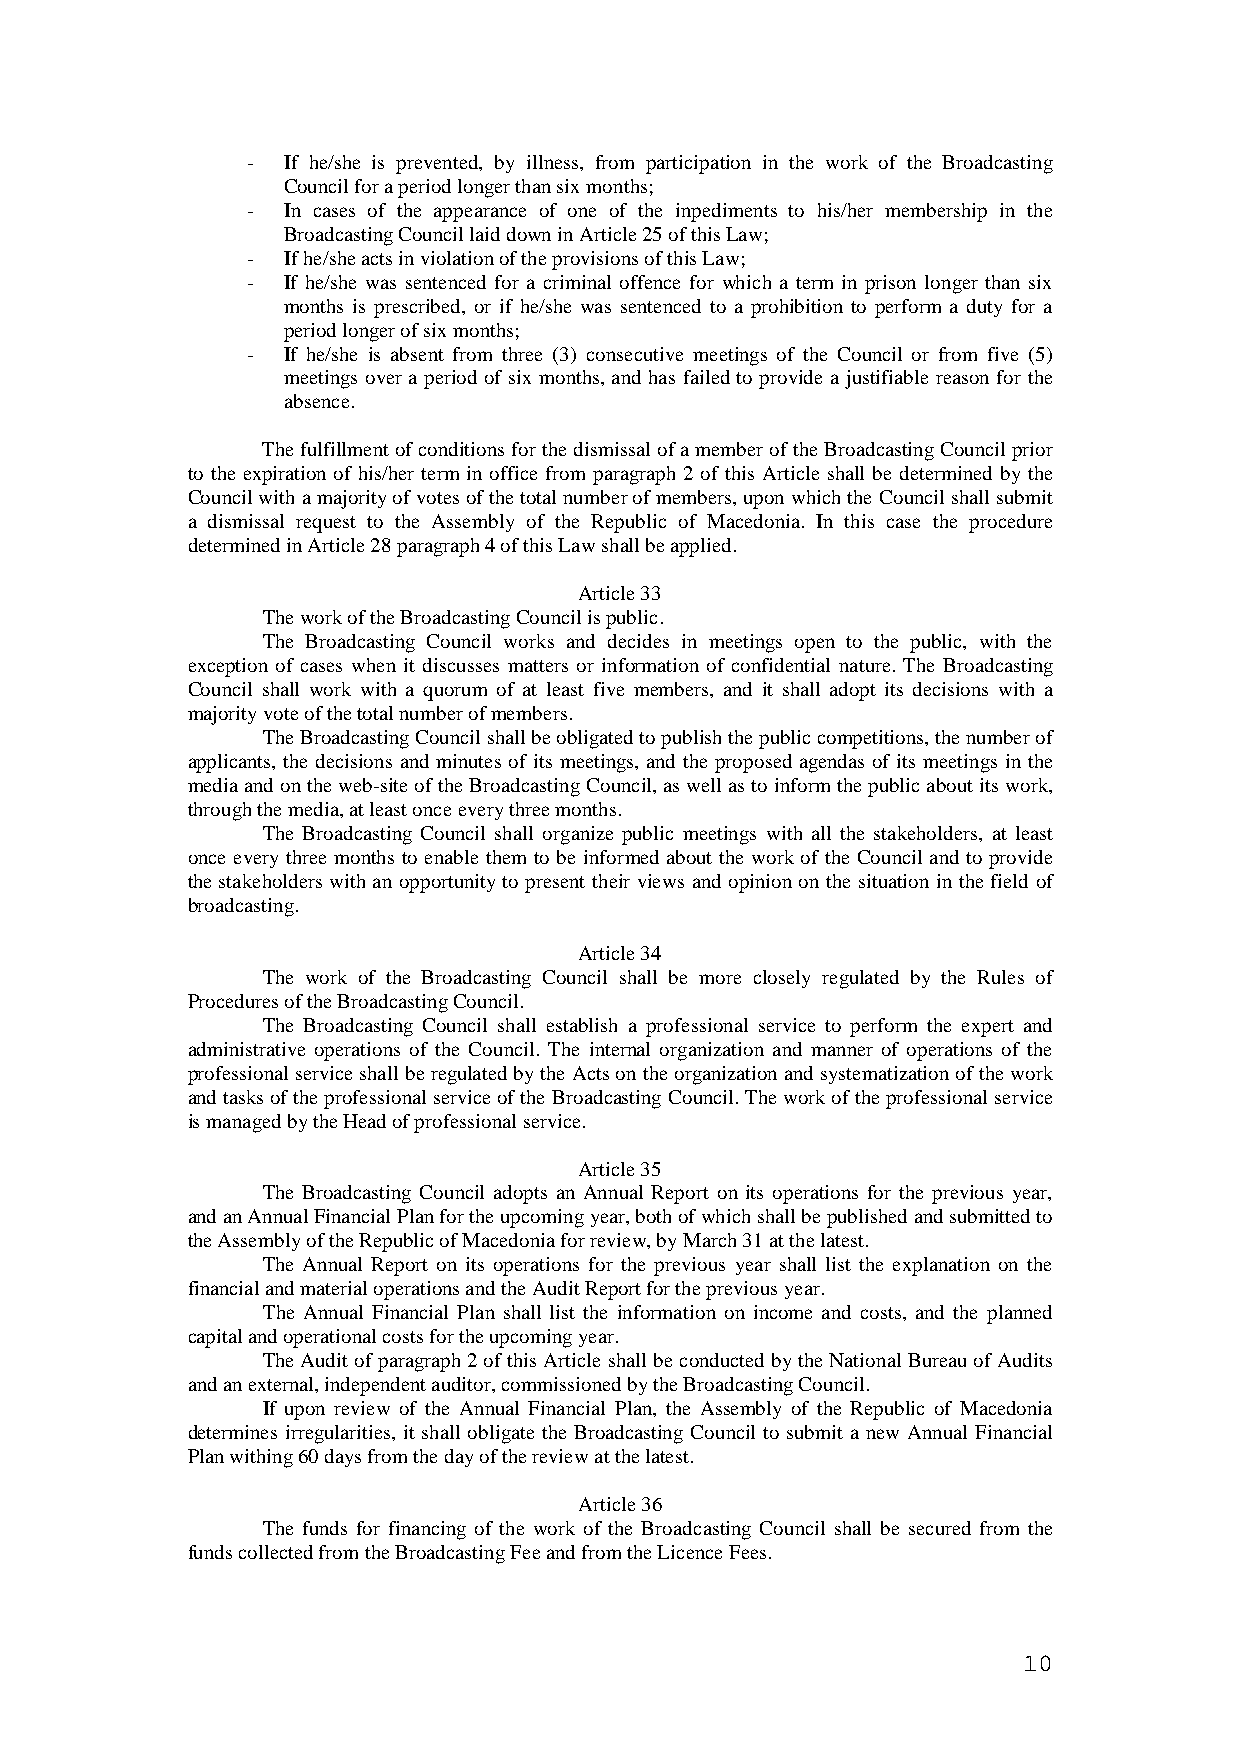
-  If he/she is prevented, by illness, from participation in the work of the Broadcasting
 Council for a period longer than six months;
 -  In cases of the appearance of one of the inpediments to his/her membership in the
 Broadcasting Council laid down in Article 25 of this Law;
 -  If he/she acts in violation of the provisions of this Law;
 -  If he/she was sentenced for a criminal offence for which a term in prison longer than six
 months is prescribed, or if he/she was sentenced to a prohibition to perform a duty for a
 period longer of six months;
 -  If he/she is absent from three (3) consecutive meetings of the Council or from five (5)
 meetings over a period of six months, and has failed to provide a justifiable reason for the
 absence.
 The fulfillment of conditions for the dismissal of a member of the Broadcasting Council prior
 to the expiration of his/her term in office from paragraph 2 of this Article shall be determined by the
 Council with a majority of votes of the total number of members, upon which the Council shall submit
 a dismissal request to the Assembly of the Republic of Macedonia. In this case the procedure
 determined in Article 28 paragraph 4 of this Law shall be applied.
 Article 33
 The work of the Broadcasting Council is public.
 The Broadcasting Council works and decides in meetings open to the public, with the
 exception of cases when it discusses matters or information of confidential nature. The Broadcasting
 Council shall work with a quorum of at least five members, and it shall adopt its decisions with a
 majority vote of the total number of members.
 The Broadcasting Council shall be obligated to publish the public competitions, the number of
 applicants, the decisions and minutes of its meetings, and the proposed agendas of its meetings in the
 media and on the web-site of the Broadcasting Council, as well as to inform the public about its work,
 through the media, at least once every three months.
 The Broadcasting Council shall organize public meetings with all the stakeholders, at least
 once every three months to enable them to be informed about the work of the Council and to provide
 the stakeholders with an opportunity to present their views and opinion on the situation in the field of
 broadcasting.
 Article 34
 The work of the Broadcasting Council shall be more closely regulated by the Rules of
 Procedures of the Broadcasting Council.
 The Broadcasting Council shall establish a professional service to perform the expert and
 administrative operations of the Council. The internal organization and manner of operations of the
 professional service shall be regulated by the Acts on the organization and systematization of the work
 and tasks of the professional service of the Broadcasting Council. The work of the professional service
 is managed by the Head of professional service.
 Article 35
 The Broadcasting Council adopts an Annual Report on its operations for the previous year,
 and an Annual Financial Plan for the upcoming year, both of which shall be published and submitted to
 the Assembly of the Republic of Macedonia for review, by March 31 at the latest.
 The Annual Report on its operations for the previous year shall list the explanation on the
 financial and material operations and the Audit Report for the previous year.
 The Annual Financial Plan shall list the information on income and costs, and the planned
 capital and operational costs for the upcoming year.
 The Audit of paragraph 2 of this Article shall be conducted by the National Bureau of Audits
 and an external, independent auditor, commissioned by the Broadcasting Council.
 If upon review of the Annual Financial Plan, the Assembly of the Republic of Macedonia
 determines irregularities, it shall obligate the Broadcasting Council to submit a new Annual Financial
 Plan withing 60 days from the day of the review at the latest.
 Article 36
 The funds for financing of the work of the Broadcasting Council shall be secured from the
 funds collected from the Broadcasting Fee and from the Licence Fees.
 10